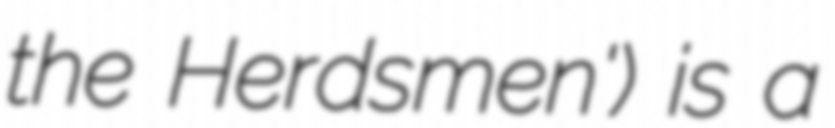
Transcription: the Herdsmen') is a